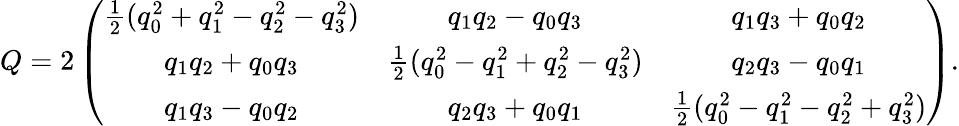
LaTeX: \begin{array}{r}{Q=2\left(\begin{array}{cccc}{\frac{1}{2}(q_{0}^{2}+q_{1}^{2}-q_{2}^{2}-q_{3}^{2})}&{q_{1}q_{2}-q_{0}q_{3}}&{q_{1}q_{3}+q_{0}q_{2}}\\ {q_{1}q_{2}+q_{0}q_{3}}&{\frac{1}{2}(q_{0}^{2}-q_{1}^{2}+q_{2}^{2}-q_{3}^{2})}&{q_{2}q_{3}-q_{0}q_{1}}\\ {q_{1}q_{3}-q_{0}q_{2}}&{q_{2}q_{3}+q_{0}q_{1}}&{\frac{1}{2}(q_{0}^{2}-q_{1}^{2}-q_{2}^{2}+q_{3}^{2})}\end{array}\right).}\end{array}